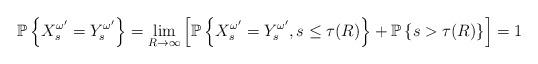
LaTeX: \begin{align*}\mathbb{P}\left\lbrace X_s^{\omega^\prime}=Y_s^{\omega^\prime}\right\rbrace = \lim_{R\to\infty} \left[\mathbb{P}\left\lbrace X_s^{\omega^\prime} =Y_s^{\omega^\prime}, s\le \tau(R)\right\rbrace+\mathbb{P}\left\lbrace s>\tau(R)\right\rbrace\right]=1\end{align*}